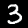
Digit: 3